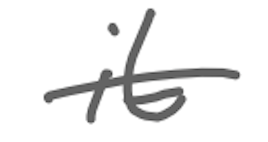
Text: it
Cross-out: single-line
Writing tool: digital_gray